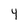
Character: 4